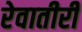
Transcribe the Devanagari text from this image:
रेवातीरी